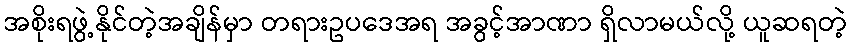
အစိုးရဖွဲ့နိုင်တဲ့အချိန်မှာ တရားဥပဒေအရ အခွင့်အာဏာ ရှိလာမယ်လို့ ယူဆရတဲ့